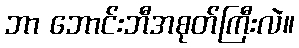
ဘာ ဘောင်းဘီအစုတ်ကြီးလဲ။